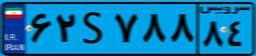
۴۲S۸۷۴۲۵